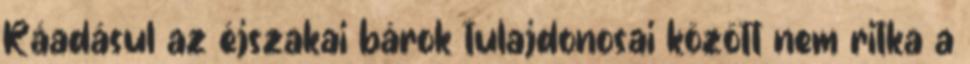
Ráadásul az éjszakai bárok tulajdonosai között nem ritka a